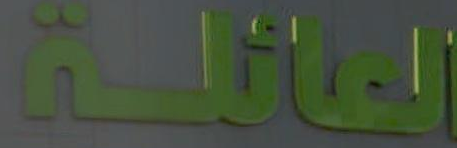
العائلة